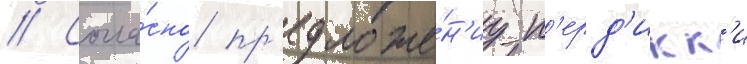
// Согла́сно пр'едложе́н'иу п'ерд'икк'и